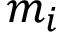
m _ { i }